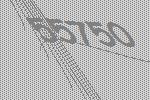
55750